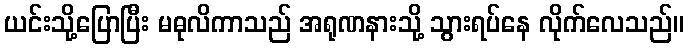
ယင်းသို့ပြောပြီး မဓုလိကာသည် အရုဏနားသို့ သွားရပ်နေ လိုက်လေသည်။